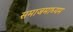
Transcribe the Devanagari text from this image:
समाजमाध्यम